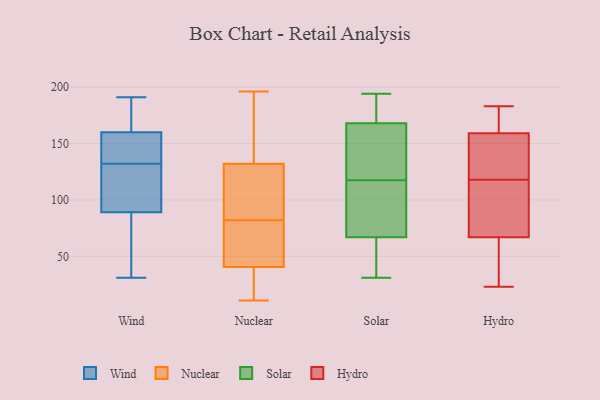
{"axis": {"x": "Production Output", "y": "Value"}, "legend": ["Hydro", "Nuclear", "Solar", "Wind"], "data": [{"x": "", "y": 89, "type": "Wind"}, {"x": "", "y": 100, "type": "Wind"}, {"x": "", "y": 165, "type": "Wind"}, {"x": "", "y": 158, "type": "Wind"}, {"x": "", "y": 109, "type": "Wind"}, {"x": "", "y": 45, "type": "Wind"}, {"x": "", "y": 172, "type": "Wind"}, {"x": "", "y": 191, "type": "Wind"}, {"x": "", "y": 127, "type": "Wind"}, {"x": "", "y": 122, "type": "Wind"}, {"x": "", "y": 137, "type": "Wind"}, {"x": "", "y": 31, "type": "Wind"}, {"x": "", "y": 174, "type": "Wind"}, {"x": "", "y": 80, "type": "Wind"}, {"x": "", "y": 152, "type": "Wind"}, {"x": "", "y": 150, "type": "Wind"}, {"x": "", "y": 77, "type": "Wind"}, {"x": "", "y": 160, "type": "Wind"}, {"x": "", "y": 108, "type": "Nuclear"}, {"x": "", "y": 11, "type": "Nuclear"}, {"x": "", "y": 71, "type": "Nuclear"}, {"x": "", "y": 196, "type": "Nuclear"}, {"x": "", "y": 35, "type": "Nuclear"}, {"x": "", "y": 162, "type": "Nuclear"}, {"x": "", "y": 140, "type": "Nuclear"}, {"x": "", "y": 35, "type": "Nuclear"}, {"x": "", "y": 40, "type": "Nuclear"}, {"x": "", "y": 41, "type": "Nuclear"}, {"x": "", "y": 71, "type": "Nuclear"}, {"x": "", "y": 93, "type": "Nuclear"}, {"x": "", "y": 123, "type": "Nuclear"}, {"x": "", "y": 171, "type": "Nuclear"}, {"x": "", "y": 39, "type": "Nuclear"}, {"x": "", "y": 124, "type": "Nuclear"}, {"x": "", "y": 64, "type": "Nuclear"}, {"x": "", "y": 53, "type": "Nuclear"}, {"x": "", "y": 144, "type": "Nuclear"}, {"x": "", "y": 109, "type": "Nuclear"}, {"x": "", "y": 67, "type": "Solar"}, {"x": "", "y": 31, "type": "Solar"}, {"x": "", "y": 127, "type": "Solar"}, {"x": "", "y": 51, "type": "Solar"}, {"x": "", "y": 148, "type": "Solar"}, {"x": "", "y": 194, "type": "Solar"}, {"x": "", "y": 108, "type": "Solar"}, {"x": "", "y": 168, "type": "Solar"}, {"x": "", "y": 190, "type": "Solar"}, {"x": "", "y": 87, "type": "Solar"}, {"x": "", "y": 149, "type": "Hydro"}, {"x": "", "y": 64, "type": "Hydro"}, {"x": "", "y": 111, "type": "Hydro"}, {"x": "", "y": 165, "type": "Hydro"}, {"x": "", "y": 93, "type": "Hydro"}, {"x": "", "y": 132, "type": "Hydro"}, {"x": "", "y": 23, "type": "Hydro"}, {"x": "", "y": 67, "type": "Hydro"}, {"x": "", "y": 183, "type": "Hydro"}, {"x": "", "y": 178, "type": "Hydro"}, {"x": "", "y": 32, "type": "Hydro"}, {"x": "", "y": 159, "type": "Hydro"}, {"x": "", "y": 82, "type": "Hydro"}, {"x": "", "y": 125, "type": "Hydro"}]}